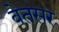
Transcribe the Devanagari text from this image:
वेतसर